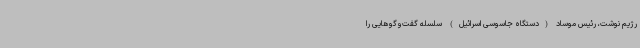
رژیم نوشت، رئیس موساد (دستگاه جاسوسی اسرائیل) سلسله گفت‌وگوهایی را